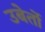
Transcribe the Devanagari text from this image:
उबेर्तो